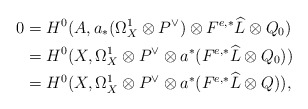
\begin{align*}0&=H^0(A,a_*(\Omega_X^1\otimes P^{\vee})\otimes F^{e,*}\widehat{L}\otimes Q_0) \\&=H^0(X,\Omega_X^1\otimes P^{\vee}\otimes a^*(F^{e,*}\widehat{L}\otimes Q_0)) \\&=H^0(X,\Omega_X^1\otimes P^{\vee}\otimes a^*(F^{e,*}\widehat{L}\otimes Q)),\end{align*}